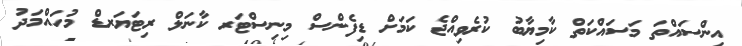
އިންސައްތަ މަސައްކަތް ކާމިޔާބު ކުރެވިއްޖެ ކަމަށް ޑިފެންސް މިނިސްޓަރ ކާނަލް ރިޓަޔަރޑް މުހައްމަދު